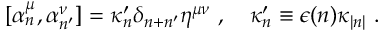
\lbrack \alpha _ { n } ^ { \mu } , \alpha _ { n ^ { \prime } } ^ { \nu } ] = \kappa _ { n } ^ { \prime } \delta _ { n + n ^ { \prime } } \eta ^ { \mu \nu } \, \, , \quad \kappa _ { n } ^ { \prime } \equiv \epsilon ( n ) \kappa _ { | n | } \, \, .